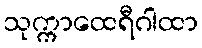
သုက္ကာထေရီဂါထာ